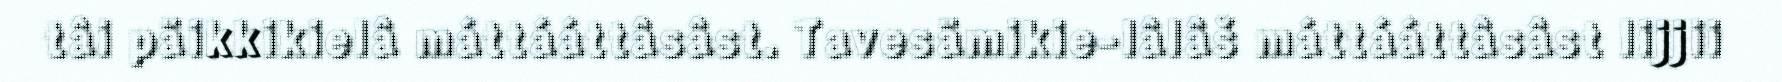
tâi päikkikielâ máttááttâsâst. Tavesämikie-lâlâš máttááttâsâst lijjii